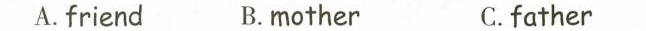
A.friend B.mother C.father